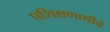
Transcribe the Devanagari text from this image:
प्रशिक्षणार्थीने